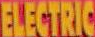
ELECTRIC